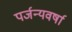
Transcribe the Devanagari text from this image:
पर्जन्यवर्षा